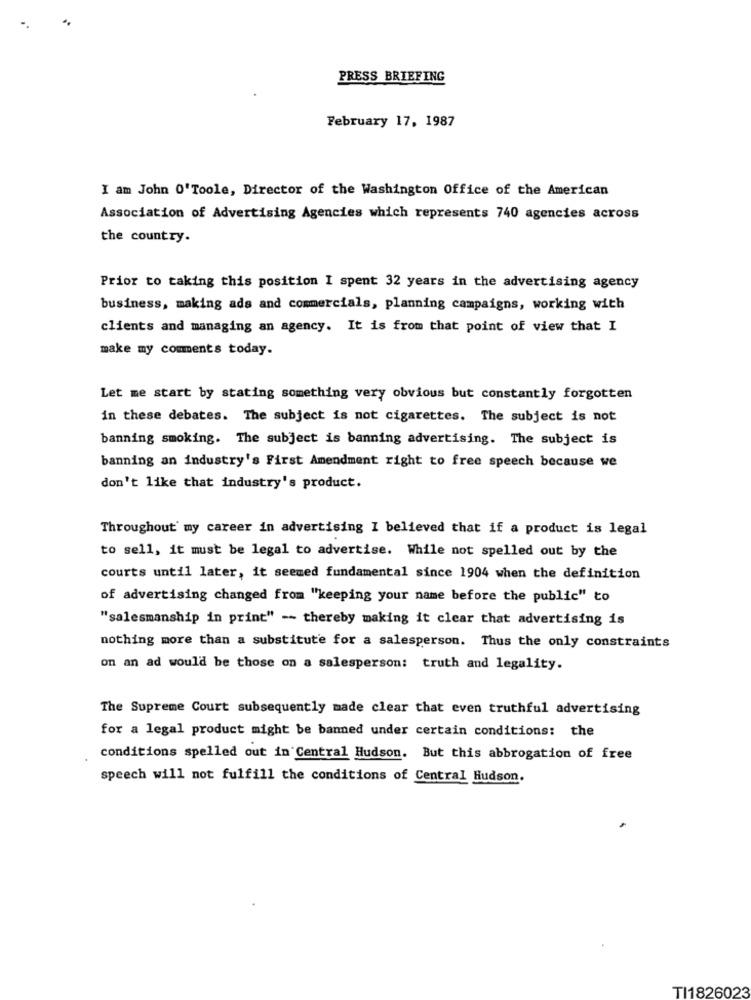
PRESS BRIEFING
February 17, 1987
I am John O'Toole, Director of the Washington Office of the American
Association of Advertising Agencies which represents 740 agencies across
the country.
Prior to taking this position I spent 32 years in the advertising agency
business, making ads and commercials, planning campaigns, working with
clients and managing an agency. It is from that point of view that I
make my comments today.
Let me start by stating something very obvious but constantly forgotten
in these debates. The subject is not cigarettes. The subject is not
banning smoking. The subject is banning advertising. The subject is
banning an industry's First Amendment right to free speech because we
don't like that industry's product.
Throughout my career in advertising I believed that if a product is legal
to sell, it must be legal to advertise. While not spelled out by the
courts until later, it seemed fundamental since 1904 when the definition
of advertising changed from "keeping your name before the public" to
"salesmanship in print" -- thereby making it clear that advertising is
nothing more than a substitute for a salesperson. Thus the only constraints
on an ad would be those on a salesperson: truth and legality.
The Supreme Court subsequently made clear that even truthful advertising
for a legal product might be banned under certain conditions: the
conditions spelled out in Central Hudson. But this abbrogation of free
speech will not fulfill the conditions of Central Hudson.
TI1826023